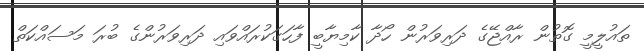
ތައުލީމީީ ގޮތުން ރާއްޖޭގެ ދަރިވަރުން ހޯދާ ކާމިޔާބީ ފާހަގަކުރައްވައި ދަރިވަރުންގެ ބުރަ މަސައްކަތް